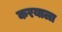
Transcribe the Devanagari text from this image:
करयाला